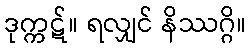
ဒုက္ကဋ်။ ရလျှင် နိဿဂ္ဂိ။